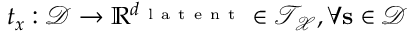
{ \boldsymbol { t } } _ { \boldsymbol { x } } : \mathcal { D } \to \mathbb { R } ^ { d _ { \mathrm { ~ l ~ a ~ t ~ e ~ n ~ t ~ } } } \in \mathcal { { T } } _ { \mathcal { X } } , \forall \mathbf { s } \in \mathcal { D }